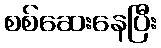
စစ်ဆေးနေပြီး